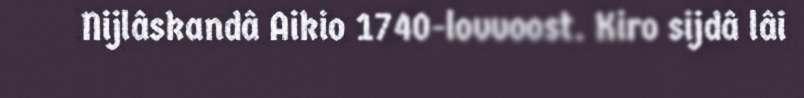
Nijlâskandâ Aikio 1740-lovvoost. Kiro sijdâ lâi